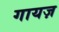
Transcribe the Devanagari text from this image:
गायज़